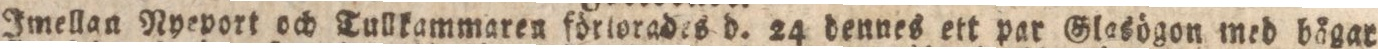
Imellan Nyeport och Tullkammaren förlorades d. 24 dennes ett par Glasögon med bågar